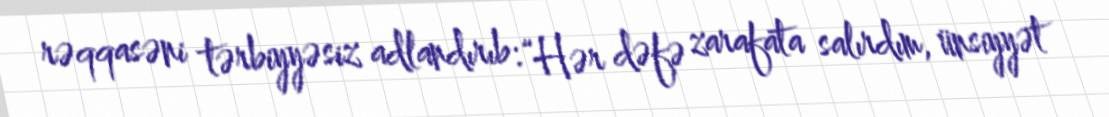
rəqqasəni tərbiyyəsiz adlandırıb: “Hər dəfə zarafata salırdım, ünsiyyət